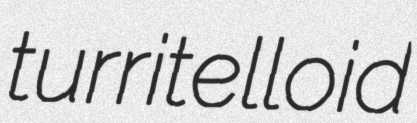
turritelloid